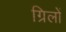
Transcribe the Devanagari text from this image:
ग्रिलों